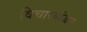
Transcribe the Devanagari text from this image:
विचारव्यंजन